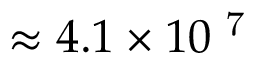
\approx 4 . 1 \times 1 0 \textsuperscript { 7 }